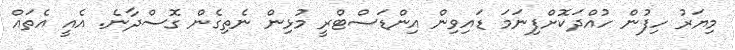
މިޔަރު ހިފުން ހުއްދަކޮށްފިނަމަ ޑައިވިން އިންޑަސްޓްރީ މުޅިން ނެތިގެން ގޮސްދާނެ. އެއީ އެތައް